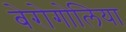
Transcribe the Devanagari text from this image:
बेरोगोलिया